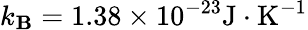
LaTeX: k_{\mathbf{B}}=1.38\times10^{-23}\textrm{{J}}\cdot\textrm{{K}}^{-1}